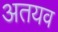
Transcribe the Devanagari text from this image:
अतयव